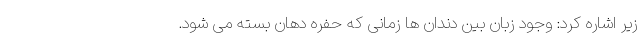
زیر اشاره کرد: وجود زبان بین دندان ها زمانی که حفره دهان بسته می شود.